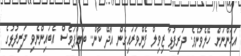
އަހަންނަށް ހޭލެވުނެވެ. ދަރިފުޅާ ޒިވިލް ފެންވަރައިގެން އާދޭ ކާން.. ބައްޕަވެސް އެބައިންނެވި ދަރިފުޅުގެ